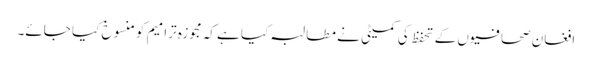
افغان صحافیوں کے تحفظ کی کمیٹی نے مطالبہ کیا ہے کہ مجوزہ ترامیم کو منسوخ کیا جائے۔